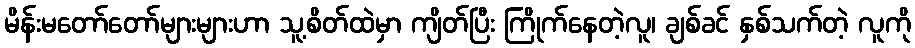
မိန်းမတော်တော်များများဟာ သူ့စိတ်ထဲမှာ ကျိတ်ပြီး ကြိုက်နေတဲ့လူ၊ ချစ်ခင် နှစ်သက်တဲ့ လူကို